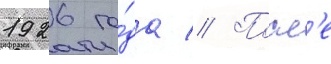
1926 го́да // Посл'е